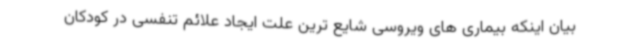
بیان اینکه بیماری های ویروسی شایع ترین علت ایجاد علائم تنفسی در کودکان